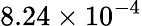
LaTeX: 8.24\times 10^{-4}